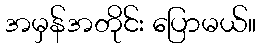
အမှန်အတိုင်း ပြောမယ်။